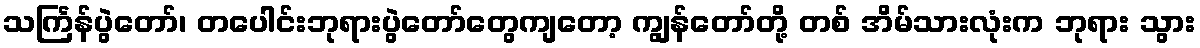
သင်္ကြန်ပွဲတော်၊ တပေါင်းဘုရားပွဲတော်တွေကျတော့ ကျွန်တော်တို့ တစ် အိမ်သားလုံးက ဘုရား သွား